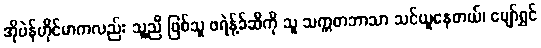
အိုပဲန်ဟိုင်မာကလည်း သူ့ညီ ဖြစ်သူ ဖရဲန့်ခ်ဆီကို သူ သက္ကတဘာသာ သင်ယူနေတယ်၊ ပျော်ရွှင်